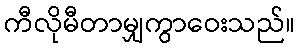
ကီလိုမီတာမျှကွာဝေးသည်။